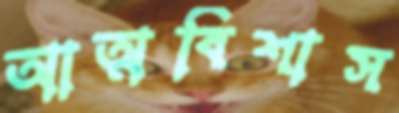
আত্মবিশাস